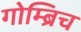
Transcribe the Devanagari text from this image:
गोम्ब्रिच